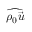
\widehat { \rho _ { 0 } \vec { u } }